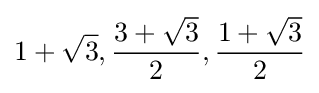
1+{\sqrt {3}},{\frac {3+{\sqrt {3}}}{2}},{\frac {1+{\sqrt {3}}}{2}}